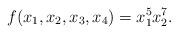
LaTeX: \begin{align*}f(x_1,x_2,x_3,x_4) = x_1^5 x_2^7.\end{align*}